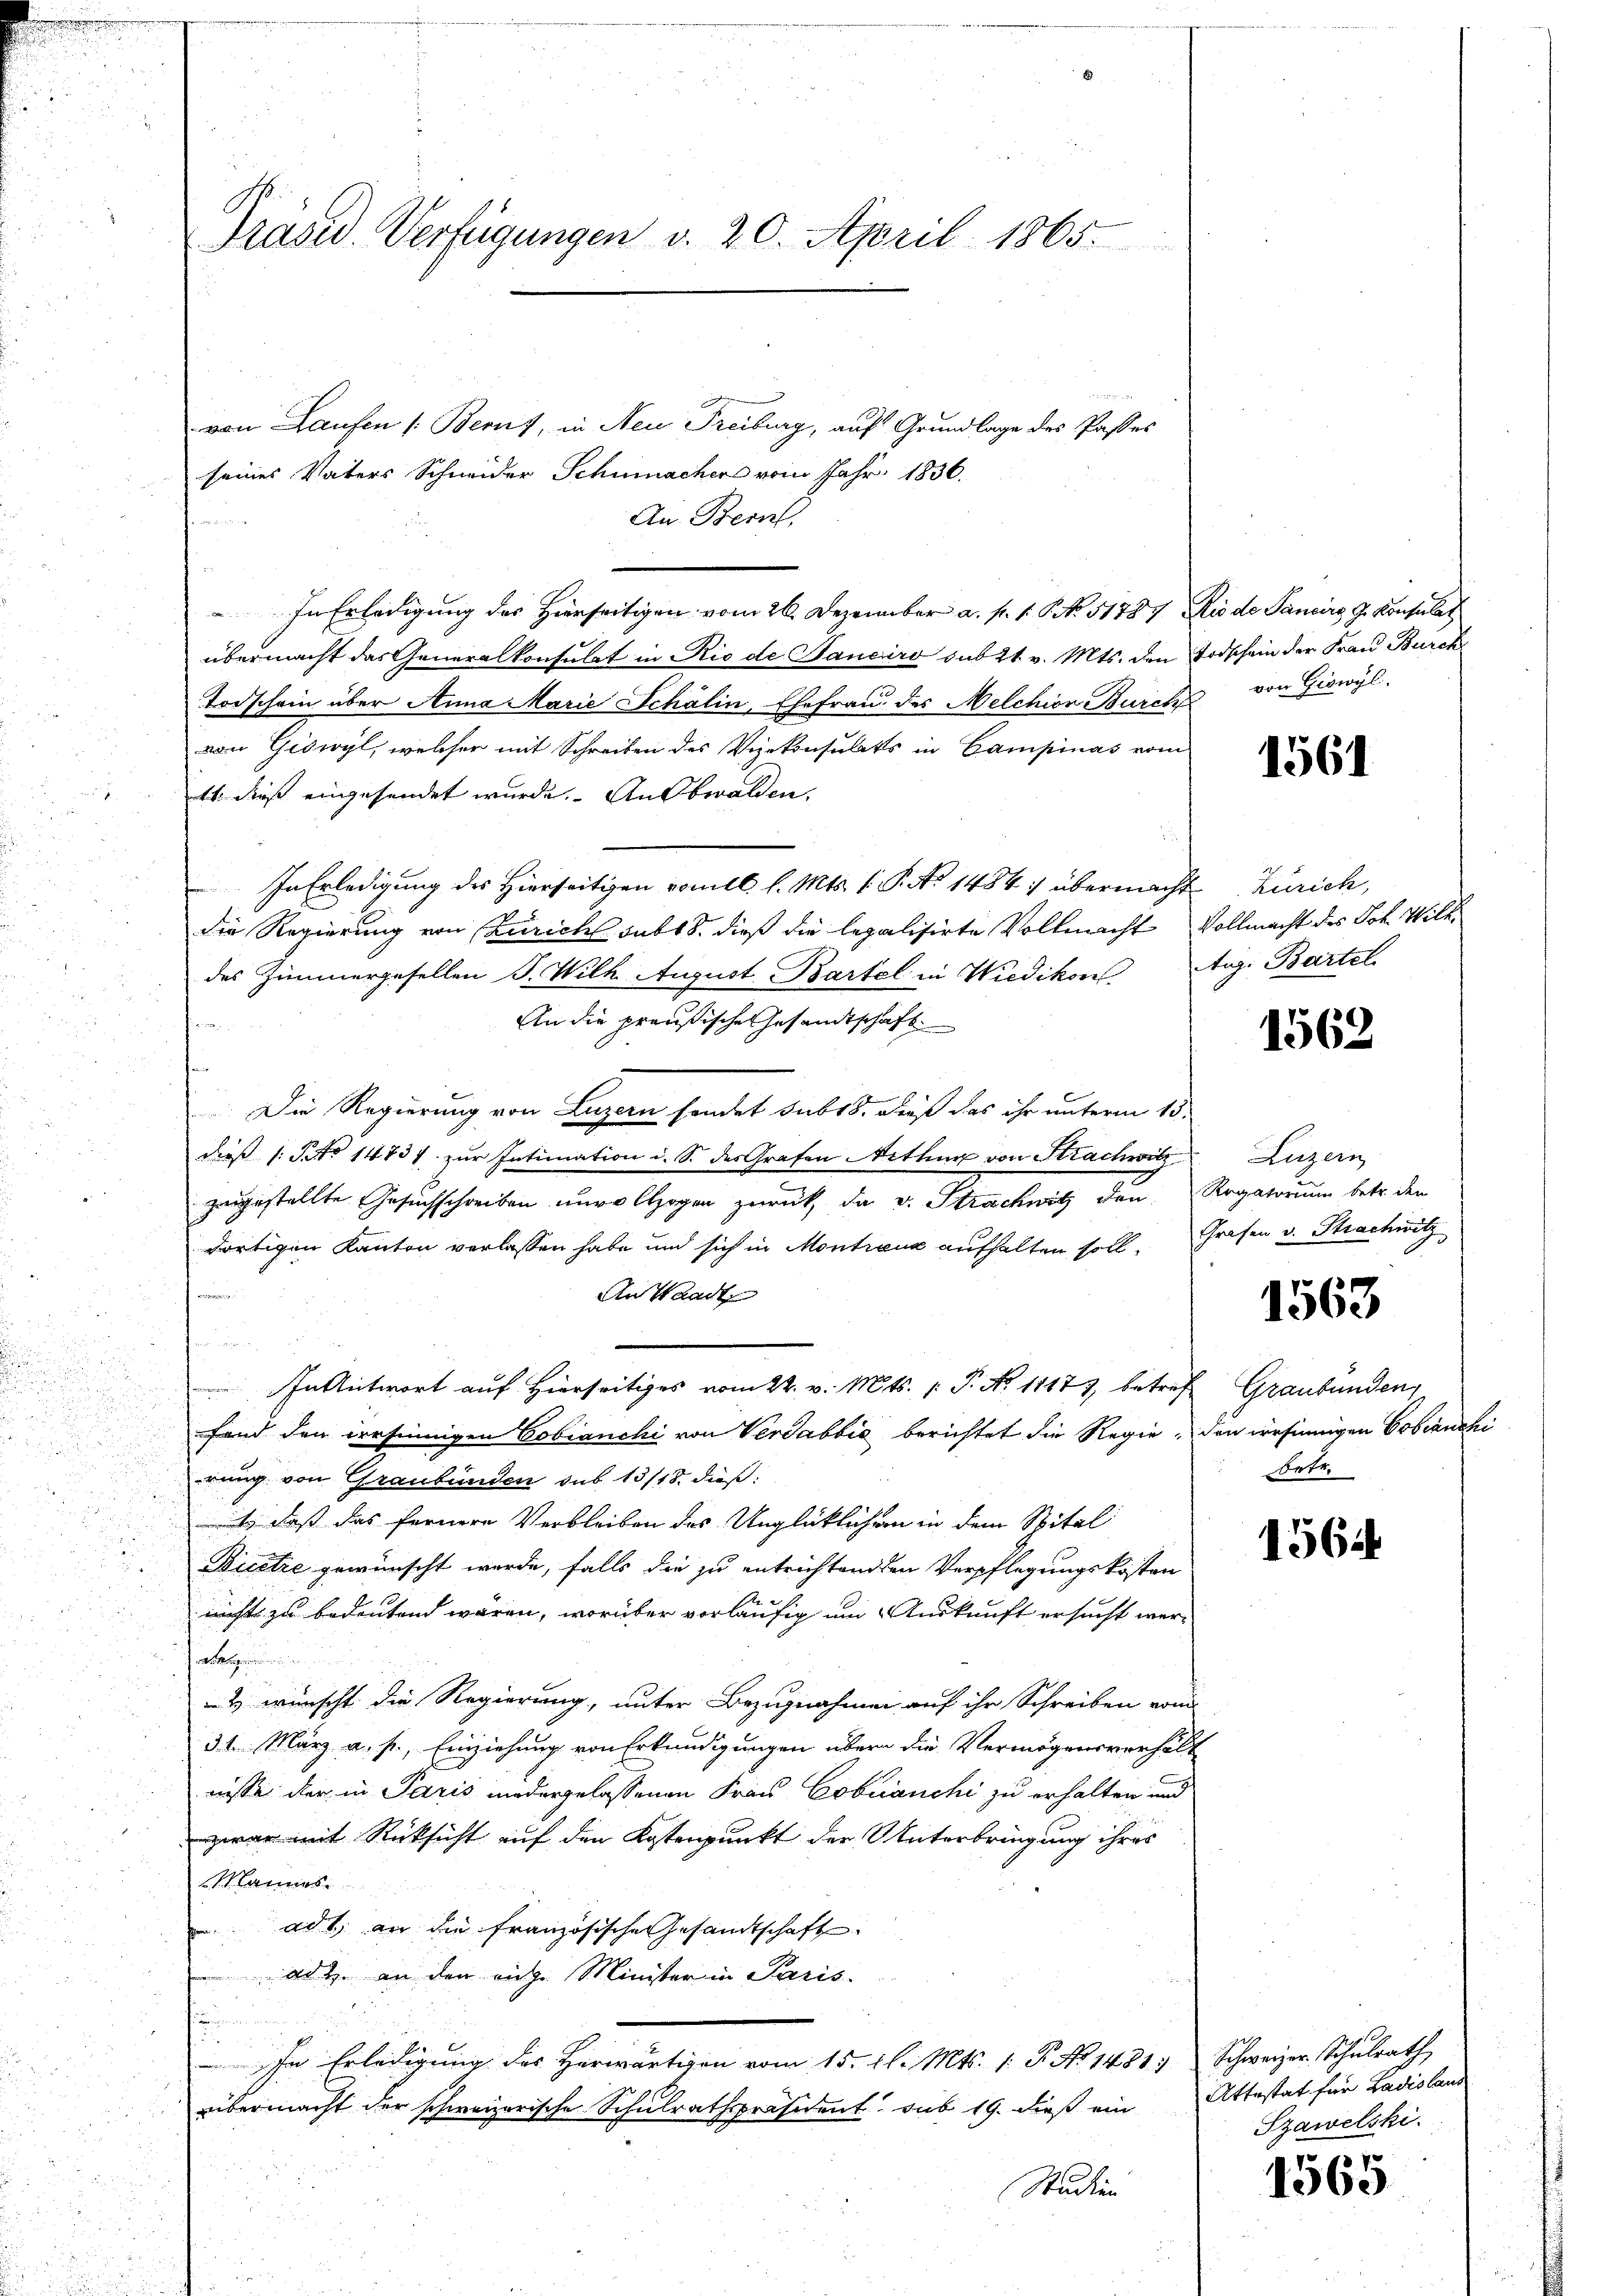
von Laufen (Bernt, in Neu Freiburg, auf Grundlage des Passes
seines Vaters Schwider Schumacher vom Jahr 1836.
An Bern,
In Erledigung des Hierseitigen vom 26. Dezember a. p. 1. 6. No. 51787 Rio de Sancirg J. Konsulat
übermacht das Generalkonsulat in Rio de Janeiro sub 21. v. Mts. den Todschein der Frau Burck
Todschein über Anna Marie Schälin, Ehefrau des Melchion Burch von Giswyl
von Giswyl, welcher mit Schreiben des Vizekonsulats in Campinas vom
d
14. dieß eingehendet wurde. Ausbwalden.
n
au
In Erledigung des Hierseitigen vom 6. l. Mts. 1. P. Nr. 1484 :/ übermacht Zürich,
die Regierung von Züricht sub 18. dieß die legalisirte Vollmacht Vollmacht des Joh. Wilkdes Zimmergesellen P. Wilh. August. Bartel in Wiedikon. Aug. Bartel
.
An die preußische Gesandtschaft
5
h
Die Regierung von Luzern sonder sub 18. dieß das ihr unterm 15.
dieß (: Pct. 14834. zur Intimation i. S. des Grafen Mithur von Strachwitz Luzern
zugestellte Gesuchschreiben unvollzogen zurück, da v. Strachwitz den Rogatorium betr. den
dortigen Kanton verlassen habe und sich in Montreux aufhalten soll. Grafen v. Thachwitz
An Waadt
In Antwort auf Hierseitiges vom 22. v. Mts. (T. No 11177, betref Graubünden,
d

.
u
fand den irrsinnigen Tobianchi von Verdabbić berichtet die Regie, den irrsinnigen Cobianchi
.
s
rung von Graubünden sub 13/18. dieß:
2

¬
t, daß das fernere Verbleiben des Unglücklichen in dem Spital
Dicetze gewünscht werde, falls die zu entrichtenden Verpflegungskosten
nichts zu bedeutend wären, worüber vorläufig um Auskunft ersucht werreklagen eine
& wünscht die Regierung, unter Bezugnahmen auf ihr Schreiben vom
31. März a. p., Einziehung von Erkundigungen über die Vermögensverhält
nisse der in Paris niedergelassenen Frau Cobranchi zu erhalten und
zwar mit Rücksicht auf den Kostenpunkt der Unterbringung ihres
Mannes.
ad 1. an die französische Gesandtschaft
ad 2. an den ange Minister in Paris.
u
u
In Erledigung des Herwärtigen vom 15. d. Mts. 1. P. No 1431, Schweizer Schulrath
übermacht der schweizerische Schulrathspräsident sub 19. dieß ein Attestat für Ladislaus
und
Studien
n
z

Präsid. Verfügungen d. 20. April 1865.

1561

1562

1563

betr.

1564

Szawelski.

47
1300